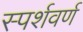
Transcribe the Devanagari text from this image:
स्पर्शवर्ण